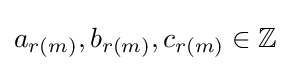
a_{r(m)},b_{r(m)},c_{r(m)}\in \mathbb {Z}